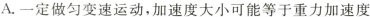
A.一定做匀变速运动，加速度大小可能等于重力加速度